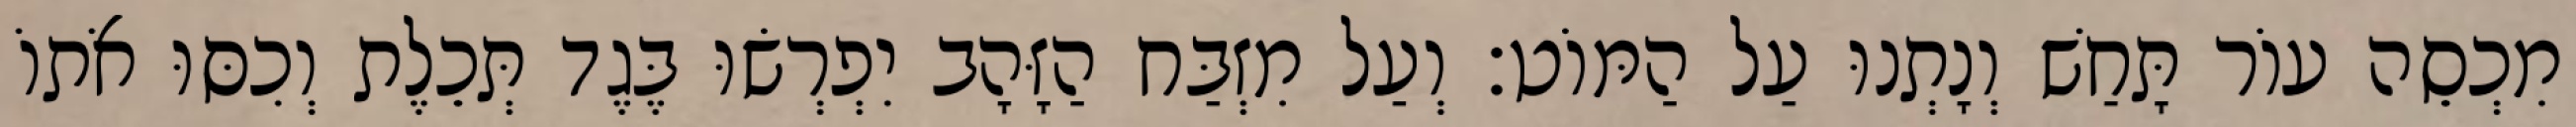
מִכְסֵה עוֹר תָּחַשׁ וְנָתְנוּ עַל הַמּוֹט׃ וְעַל מִזְבַּח הַזָּהָב יִפְרְשׂוּ בֶּגֶד תְּכֵלֶת וְכִסּוּ אֹתוֹ